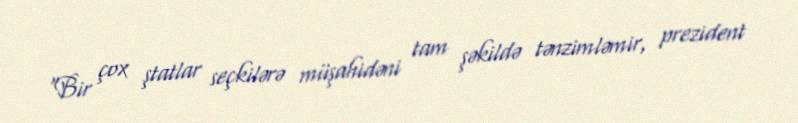
“Bir çox ştatlar seçkilərə müşahidəni tam şəkildə tənzimləmir, prezident